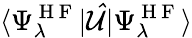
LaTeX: \langle\Psi_{\lambda}^{\mathrm{~H~F~}}|\mathcal{\hat{U}}|\Psi_{\lambda}^{\mathrm{~H~F~}}\rangle